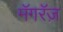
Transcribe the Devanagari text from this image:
मॅगरॅज़